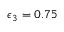
\epsilon _ { 3 } = 0 . 7 5